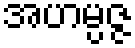
အဟမ္ပဇ္ဇ